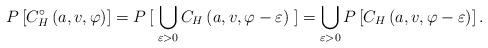
LaTeX: \begin{align*}P\left[ C_{H}^{\circ}\left(a,v,\varphi\right) \right] = P\left[\right. \bigcup_{\varepsilon>0} C_{H}\left(a,v,\varphi-\varepsilon \right) \left.\right] = \bigcup_{\varepsilon>0} P\left[ C_{H}\left(a,v,\varphi-\varepsilon \right) \right]\mbox{.}\end{align*}